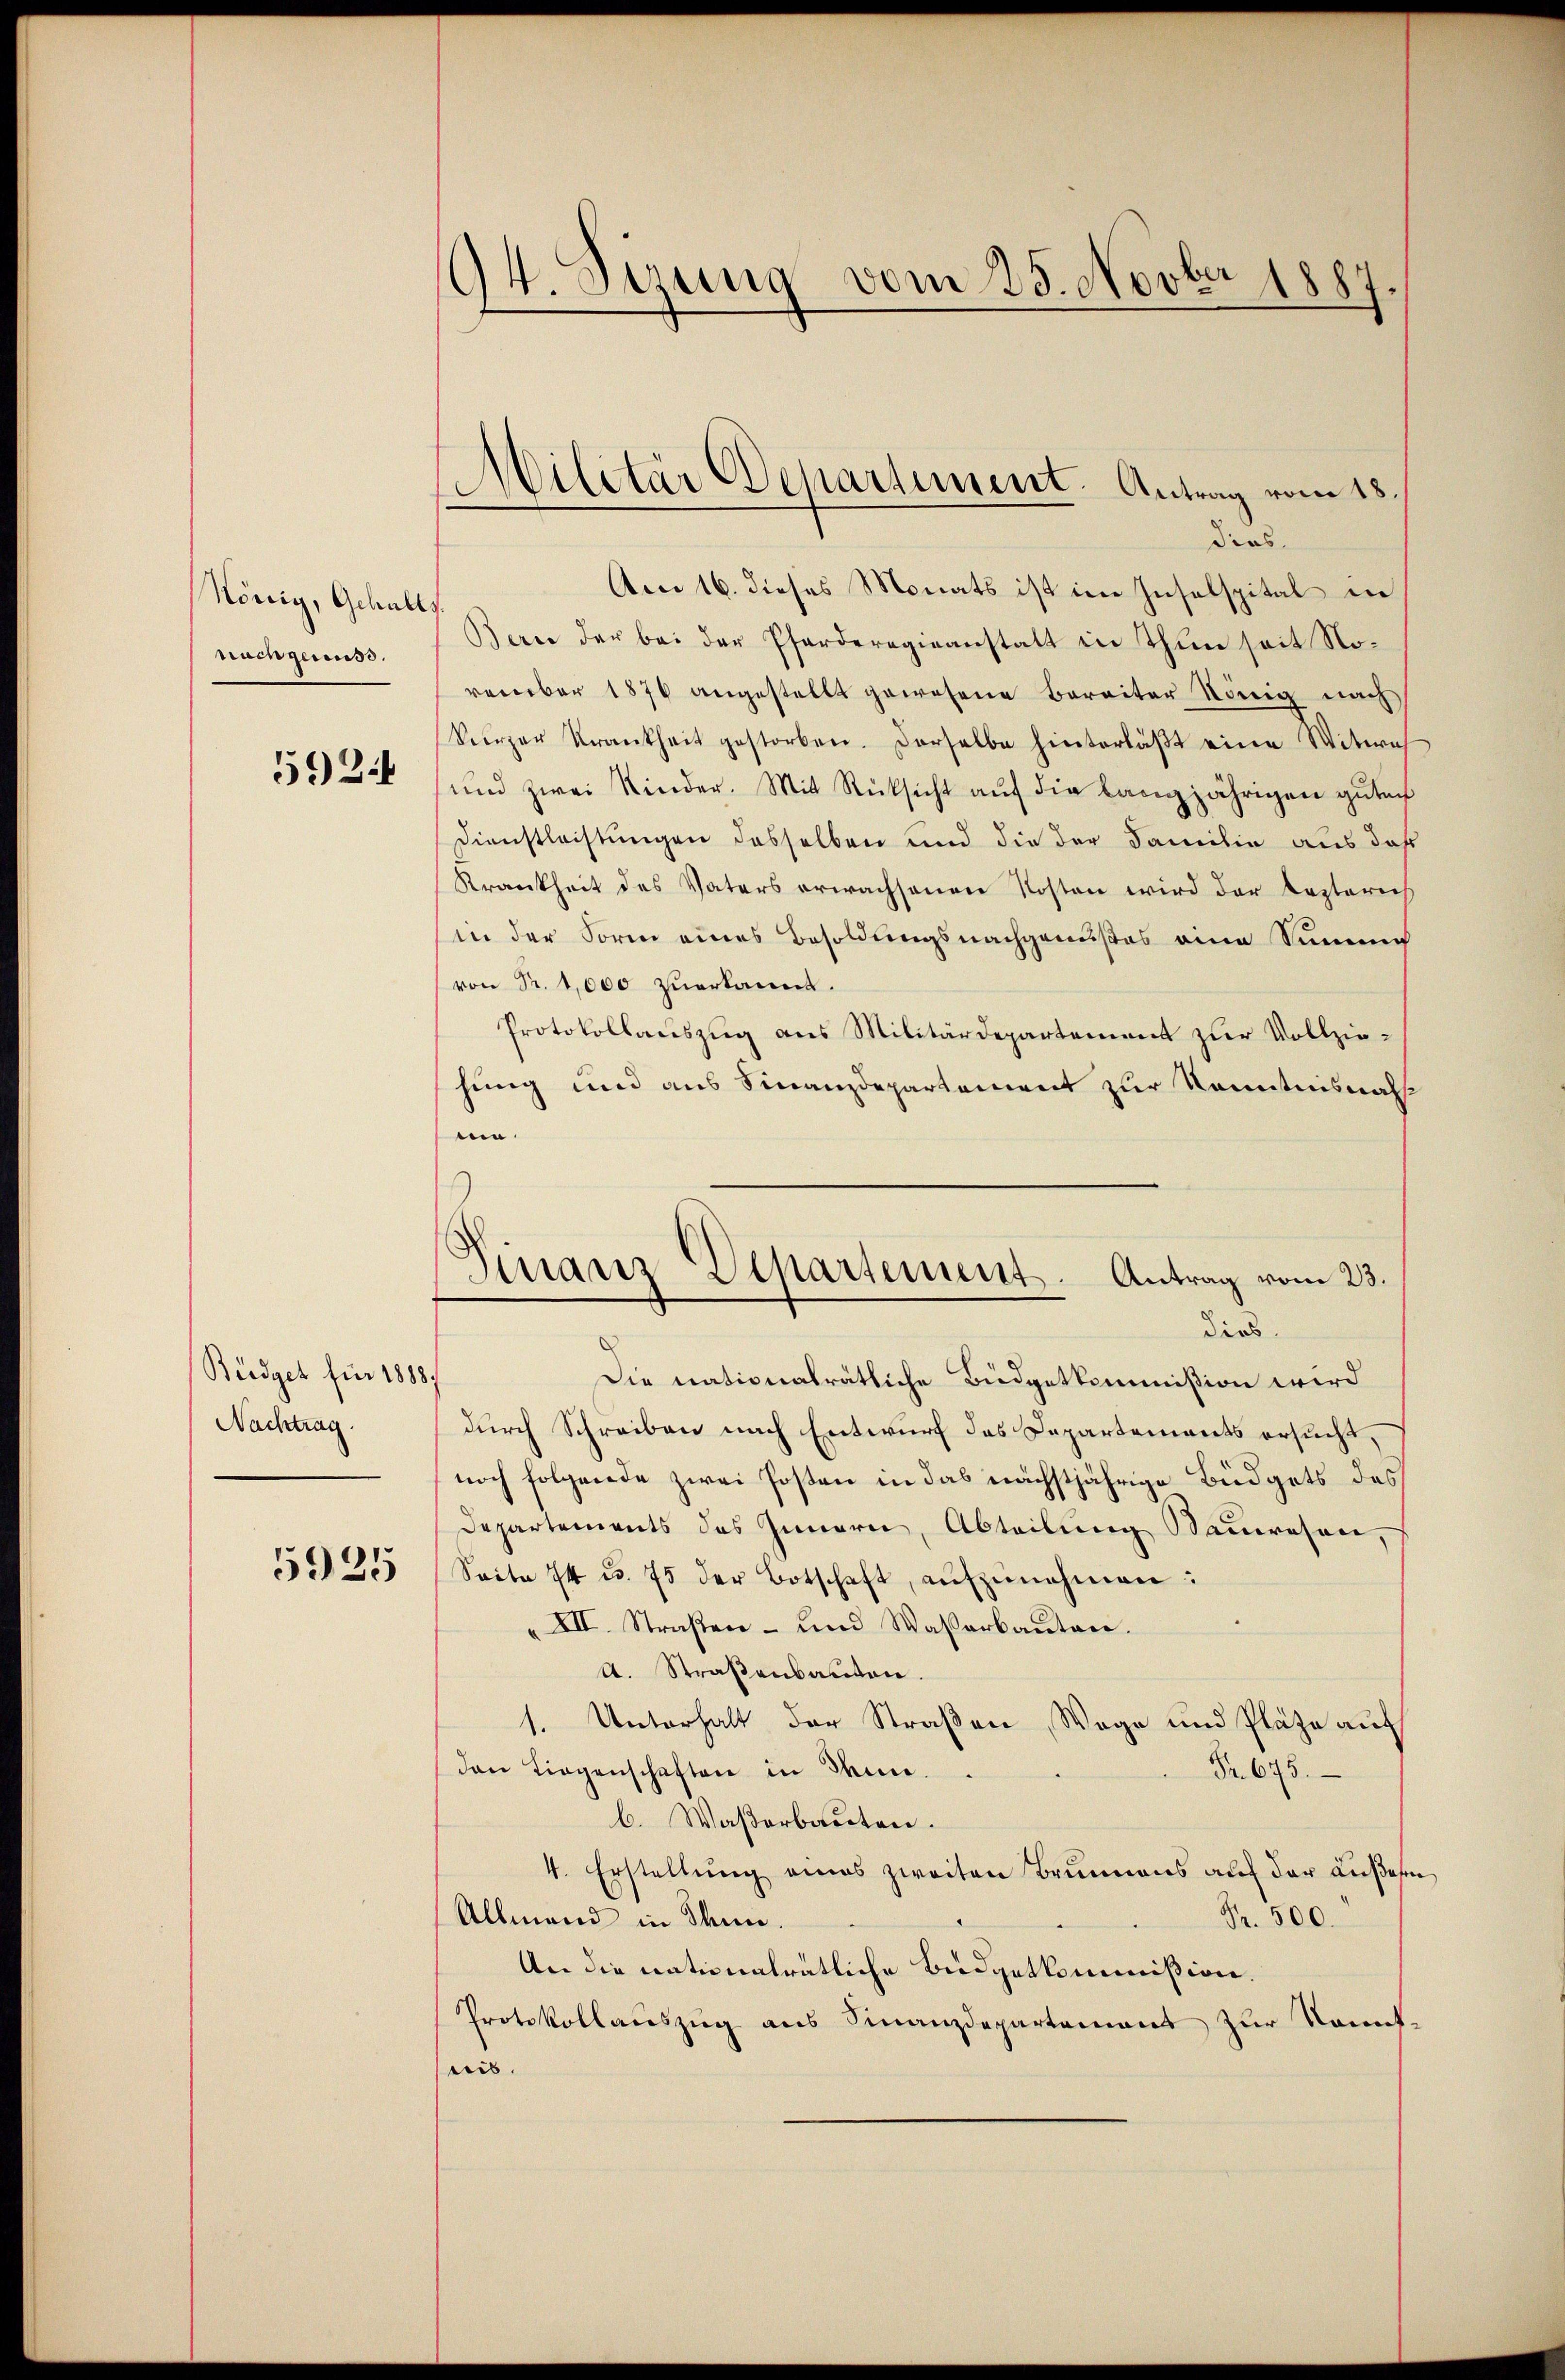
König, Gehalts
nachgenuss.

5924

Büdget für 1888.
Nachtrag.

5925

94. Syzung vom 25. Novber 1887

dias.
Am 16. dieses Monats ist im Inselspital in
Bern der bei der Pfarderegieanstatt in Thun seit Noromber 1870 angestellt gewesene Bereiter König nach
Verzer Krankheit gestorben. Derselbe hinterläβt eine Witwech
und zwei Kinder. Mit Rücksicht aŭf die langjährigen guten
Dienstleistungen dasselben und die der Familie aus dahe
Krankheit des Vaters erwachsenen Kosten wird der Kaptorich
in der Form eines Besoldungsnachgenußes eine Summe
von Fr. 1,000 zuerkannt.
Protokollauszug aus Militärdepartement zur Vollziehung und aus Finanzdepartement zur Kenntnisnahmin.
Die trationalrätliche Büdgetkommißion wird
durch Schreiben nach Entwurf des Departements ersucht,
noch folgende zwei Posten in das nächstjährige Büdgets des
Departements des Innern, Abteilung Saumesare,
Seite 24 u. 75 der Botschaft, aŭfzŭnehmen:
„XII. Straßen- und Wasserbaŭten.
A. Straßenbauten.
1. Unterhalt der Straßen, Wege und Plätze auf
den Liegenschaften in dem
Fr. 675.
b. Waßerbauten.
4. Erstellung eines zweiten Brunnens auf der außern
Fr. 500.
Allmand in Thun.
An die nationalrätliche Büdgetkommißion.
Protokollauszug aus Finanzdepartement zur Kenntris.

Militär Departement. Antrag vom 18.

Finanz-Departement. Antrag vom 23.
dies